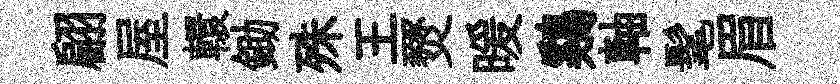
翩屋轘鋤殊王燹暖鷄軸髦眉